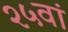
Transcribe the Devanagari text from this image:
२५वां